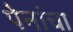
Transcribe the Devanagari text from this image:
पेनांचा